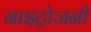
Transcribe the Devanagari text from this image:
नाइट्रोजनी